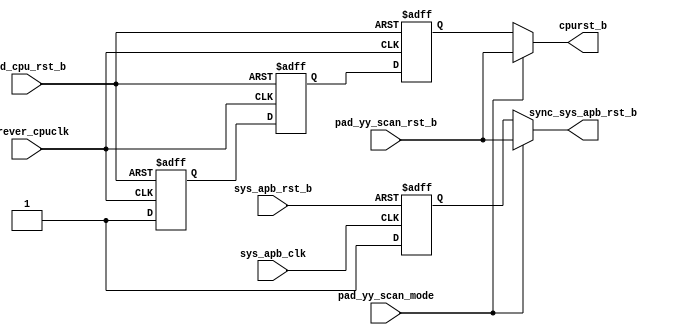
/*Copyright 2020-2021 T-Head Semiconductor Co., Ltd.

Licensed under the Apache License, Version 2.0 (the "License");
you may not use this file except in compliance with the License.
You may obtain a copy of the License at

    http://www.apache.org/licenses/LICENSE-2.0

Unless required by applicable law or agreed to in writing, software
distributed under the License is distributed on an "AS IS" BASIS,
WITHOUT WARRANTIES OR CONDITIONS OF ANY KIND, either express or implied.
See the License for the specific language governing permissions and
limitations under the License.
*/

// &ModuleBeg; @22
module pa_rst_top(
  cpurst_b,
  forever_cpuclk,
  pad_cpu_rst_b,
  pad_yy_scan_mode,
  pad_yy_scan_rst_b,
  sync_sys_apb_rst_b,
  sys_apb_clk,
  sys_apb_rst_b
);

// &Ports; @23
input        forever_cpuclk;    
input        pad_cpu_rst_b;     
input        pad_yy_scan_mode;  
input        pad_yy_scan_rst_b; 
input        sys_apb_clk;       
input        sys_apb_rst_b;     
output       cpurst_b;          
output       sync_sys_apb_rst_b; 

// &Regs; @24
reg          ciu_rst_ff_1st;    
reg          ciu_rst_ff_2nd;    
reg          ciu_rst_ff_3rd;    
reg          sys_apb_rst_ff_1st; 

// &Wires; @25
wire         async_apb_rst_b;   
wire         async_ciu_rst_b;   
wire         cpurst_b;          
wire         forever_cpuclk;    
wire         pad_cpu_rst_b;     
wire         pad_yy_scan_mode;  
wire         pad_yy_scan_rst_b; 
wire         sync_sys_apb_rst_b; 
wire         sys_apb_clk;       
wire         sys_apb_rst_b;     


assign async_ciu_rst_b = pad_cpu_rst_b;// & !pad_yy_mbist_mode;

always @(posedge forever_cpuclk or negedge async_ciu_rst_b)
begin
  if (!async_ciu_rst_b)
  begin
    ciu_rst_ff_1st <= 1'b0;
    ciu_rst_ff_2nd <= 1'b0;
    ciu_rst_ff_3rd <= 1'b0;
  end
  else
  begin
    ciu_rst_ff_1st <= 1'b1;
    ciu_rst_ff_2nd <= ciu_rst_ff_1st;
    ciu_rst_ff_3rd <= ciu_rst_ff_2nd;
  end
end

assign cpurst_b = pad_yy_scan_mode ? pad_yy_scan_rst_b : ciu_rst_ff_3rd;
//assign hadrst_b = pad_yy_scan_mode ? pad_yy_scan_rst_b : pad_had_rst_b;
//assign trst_b   = pad_yy_scan_mode ? pad_yy_scan_rst_b : pad_had_jtg_trst_b;


assign async_apb_rst_b = sys_apb_rst_b;// & !pad_yy_mbist_mode;

always @(posedge sys_apb_clk or negedge async_apb_rst_b)
begin
  if (!async_apb_rst_b)
    sys_apb_rst_ff_1st <= 1'b0;
  else
    sys_apb_rst_ff_1st <= 1'b1;
end


assign sync_sys_apb_rst_b = pad_yy_scan_mode ? pad_yy_scan_rst_b : sys_apb_rst_ff_1st;


// &ModuleEnd; @77
endmodule